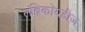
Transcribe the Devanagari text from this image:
लंब्रिकॉयडीज़